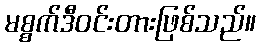
မစ္စက်ဒီဝင်းတားဖြစ်သည်။